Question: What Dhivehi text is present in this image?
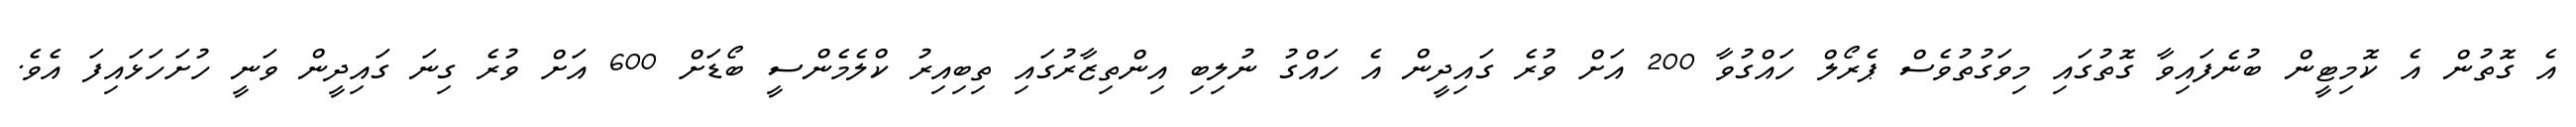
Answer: އެ ގޮތުން އެ ކޮމިޓީން ބުނެފައިވާ ގޮތުގައި މިވަގުތުވެސް ޕެރޯލް ހައްގުވާ 200 އަށް ވުރެ ގައިދީން އެ ހައްގު ނުލިބި އިންތިޒާރުގައި ތިބިއިރު ކްލެމެންސީ ބޯޑަށް 600 އަށް ވުރެ ގިނަ ގައިދީން ވަނީ ހުށަހަޅައިފަ އެވެ.